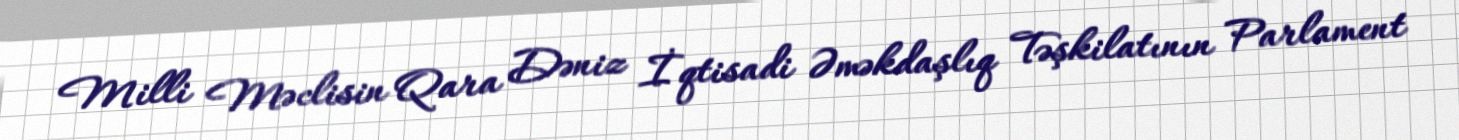
Milli Məclisin Qara Dəniz İqtisadi Əməkdaşlıq Təşkilatının Parlament